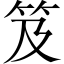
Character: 笈